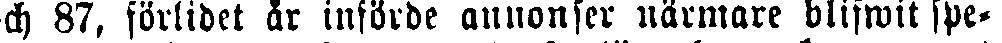
ch 87, förlidet är införde annonser närmare blifwit spe-